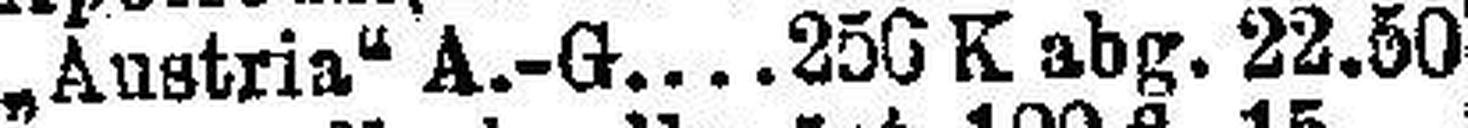
„Austria“ A.-G. 250 K abg. 22.50